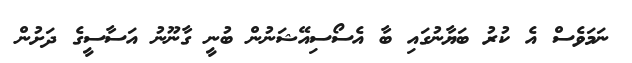
ނަމަވެސް އެ ކުރު ބަޔާނުގައި ބާ އެސޯސިއޭޝަނުން ބުނީ ގާނޫނު އަސާސީގެ ދަށުން